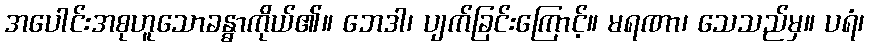
အပေါင်းအစုဟူသောခန္ဓာကိုယ်၏။ ဘေဒါ၊ ပျက်ခြင်းကြောင့်။ မရဏာ၊ သေသည်မှ။ ပရံ၊